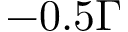
- 0 . 5 \Gamma